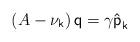
LaTeX: \begin{align*}\left( A-\nu _{\mathsf{k}}\right) \mathsf{q=\gamma \hat{p}}_{\mathsf{k}}\end{align*}